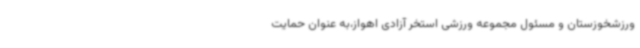
ورزشخوزستان و مسئول مجموعه ورزشی استخر آزادی اهواز،به عنوان حمایت